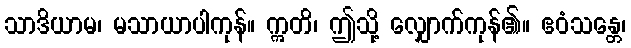
သာဒိယာမ၊ မသာယာပါကုန်။ ဣတိ၊ ဤသို့ လျှောက်ကုန်၏။ ဧဝံသန္တေ၊